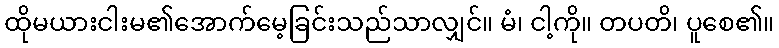
ထိုမယားငါးမ၏အောက်မေ့ခြင်းသည်သာလျှင်။ မံ၊ ငါ့ကို။ တပတိ၊ ပူစေ၏။